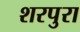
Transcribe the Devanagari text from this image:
शरपुरा